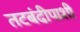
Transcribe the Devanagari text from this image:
तटबंदीपाशी